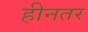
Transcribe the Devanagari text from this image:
हीनतर